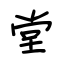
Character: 堂